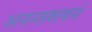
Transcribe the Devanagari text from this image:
अनन्तशयनं